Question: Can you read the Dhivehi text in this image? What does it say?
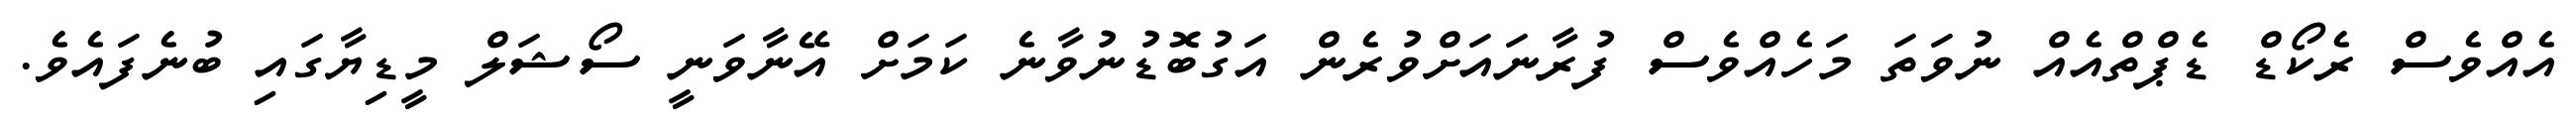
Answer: އެއްވެސް ރެކޯޑް ޑެޕްތްއެއް ނުވަތަ މަހެއްވެސް ފުރާނައަށްވުރެން އަގުބޮޑުނުވާނެ ކަމަށް އޭނާވަނީ ސޯޝަލް މީޑިޔާގައި ބުނެފައެވެ.